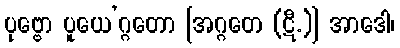
ပုဗ္ဗော ပူယေ’ဂ္ဂတော [အဂ္ဂတေ (ဋီ.)] အာဒေါ၊